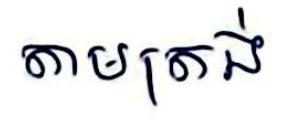
តាមត្រង់